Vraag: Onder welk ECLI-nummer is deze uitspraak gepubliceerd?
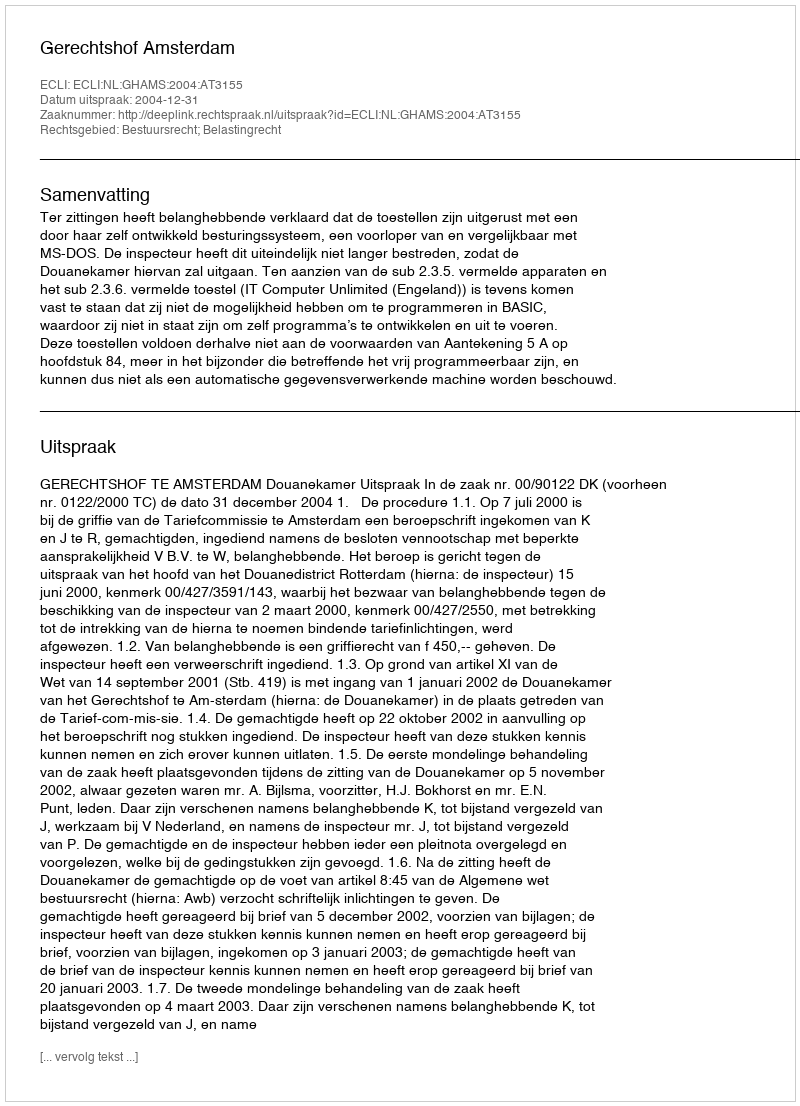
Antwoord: ECLI:NL:GHAMS:2004:AT3155